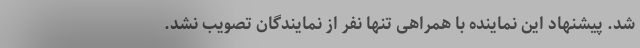
شد. پیشنهاد این نماینده با همراهی تنها نفر از نمایندگان تصویب نشد.